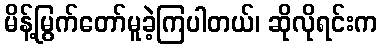
မိန့်မြွက်တော်မူခဲ့ကြပါတယ်၊ ဆိုလိုရင်းက